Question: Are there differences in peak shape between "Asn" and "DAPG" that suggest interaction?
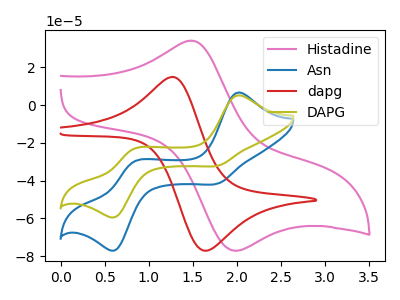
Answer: <think>The pink curve "Histadine" has an anodic peak at (1.50V, 34.00uA) and a cathodic peak at (2.00V, -77.10uA). The blue curve "Asn" has anodic peaks at (2.00V, 6.60uA) (0.85V, -30.00uA) and cathodic peaks at (1.80V, -41.40uA) (0.60V, -76.70uA). The red curve "dapg" has an anodic peak at (1.30V, 14.80uA) and a cathodic peak at (1.65V, -77.10uA). The olive curve "DAPG" has anodic peaks at (2.00V, 5.10uA) (0.85V, -23.20uA) and cathodic peaks at (1.80V, -32.00uA) (0.60V, -59.25uA).
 All the peaks in "Asn" have a peak in "DAPG" at the same potential.</think>
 <answer>No, "Asn" and "DAPG" don't appear to be significantly different in shape</answer>
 <eval>no_change</eval>